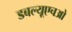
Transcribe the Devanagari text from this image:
डबल्यूएचओ